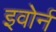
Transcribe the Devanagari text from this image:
इवोर्न